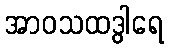
အာဝသထဒွါရေ